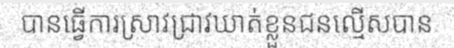
បានធ្វើការស្រាវជ្រាវឃាត់ខ្លួនជនល្មើសបាន